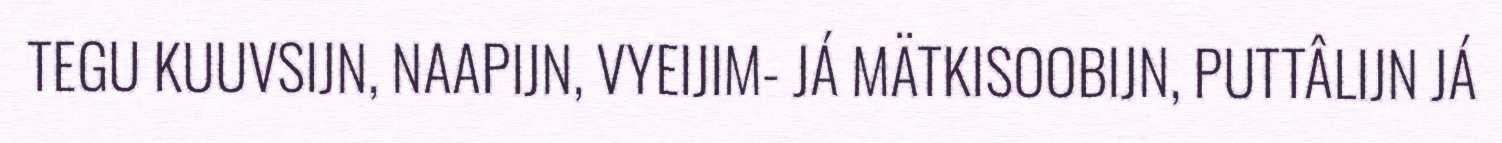
TEGU KUUVSIJN, NAAPIJN, VYEIJIM- JÁ MÄTKISOOBIJN, PUTTÂLIJN JÁ